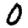
Digit: 0